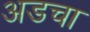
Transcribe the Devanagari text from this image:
अडचा